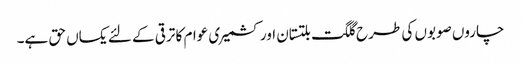
چاروں صوبوں کی طرح گلگت بلتستان اور کشمیری عوام کا ترقی کے لئے یکساں حق ہے۔